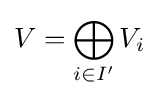
V=\bigoplus _{i\in I'}V_{i}